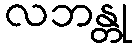
လဘန္တု